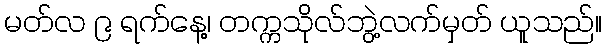
မတ်လ ၉ ရက်နေ့၊ တက္ကသိုလ်ဘွဲ့လက်မှတ် ယူသည်။